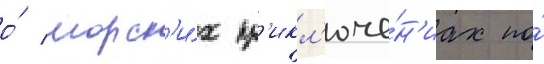
о́ морск'и́х пр'икл'юче́н'иах по́